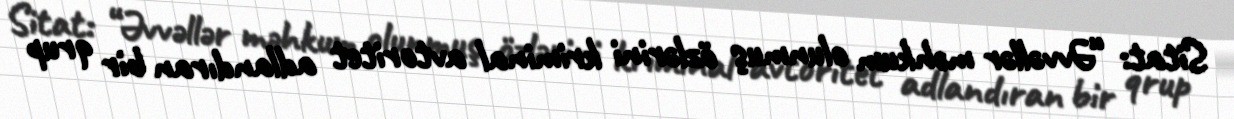
Sitat: “Əvvəllər məhkum olunmuş özlərini kriminal avtoritet adlandıran bir qrup